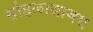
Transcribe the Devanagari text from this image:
सोहळासाजरा